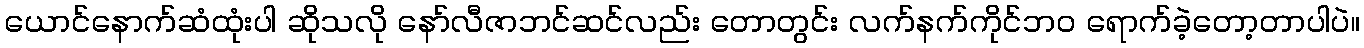
ယောင်နောက်ဆံထုံးပါ ဆိုသလို နော်လီဇာဘင်ဆင်လည်း တောတွင်း လက်နက်ကိုင်ဘဝ ရောက်ခဲ့တော့တာပါပဲ။